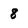
Character: 8